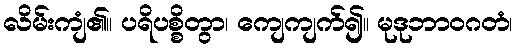
လိမ်းကျံ၏။ ပရိပစ္စိတွာ၊ ကျေကျက်၍။ မုဒုဘာဝဂတံ၊